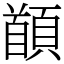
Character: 䭭